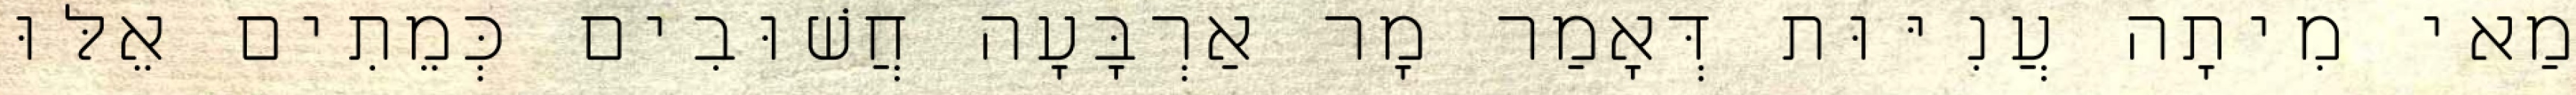
מַאי מִיתָה עֲנִיּוּת דְּאָמַר מָר אַרְבָּעָה חֲשׁוּבִים כְּמֵתִים אֵלּוּ